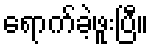
ရောက်ခဲ့ဖူးပြီ။